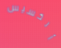
ألكسيس